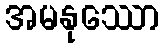
အမနုဿော